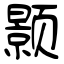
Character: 颢